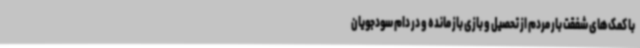
با کمک‌های شفقت بار مردم از تحصیل و بازی باز مانده و در دام سودجویان